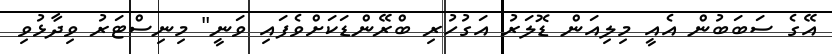
އޭގެ ސަބަބުން އެއީ މިލިއަން ޑޮލަރު އަގުހުރި ބްރޭންޑަކަށްވެފައި ވަނީ" މިނިސްޓަރު ވިދާޅުވި